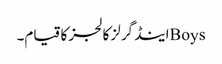
Boysاینڈ گرلز کالجز کا قیام۔